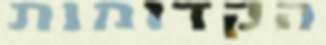
הקדומות